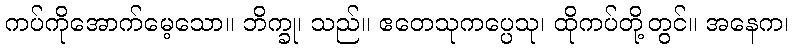
ကပ်ကိုအောက်မေ့သော။ ဘိက္ခု၊ သည်။ ဧတေသုကပ္ပေသု၊ ထိုကပ်တို့တွင်။ အနေက၊